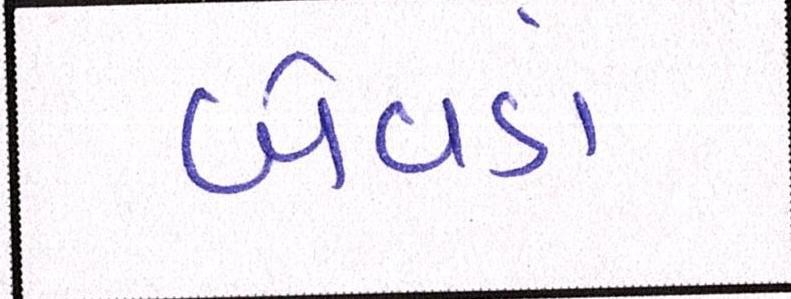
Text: બેવડાં